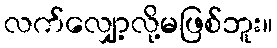
လက်လျှော့လို့မဖြစ်ဘူး။